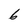
Character: 6